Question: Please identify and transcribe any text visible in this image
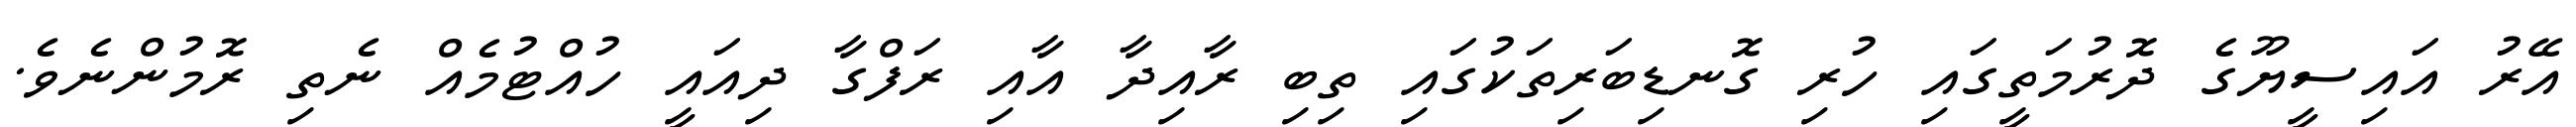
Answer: އޭރު އައިސީޔޫގެ ދޮރުމަތީގައި ހުރި ގޮނޑިބަރިތަކުގައި ތިބި ރާއިދާ އާއި ރަފްގާ ދިއައީ ހުއްޓުމެއް ނެތި ރޮމުންނެވެ.